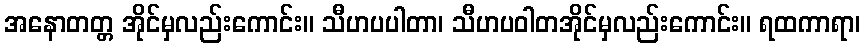
အနောတတ္တ အိုင်မှလည်းကောင်း။ သီဟပပါတာ၊ သီဟပဝါတအိုင်မှလည်းကောင်း။ ရထကာရာ၊